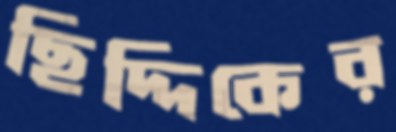
ছিদ্দিকের